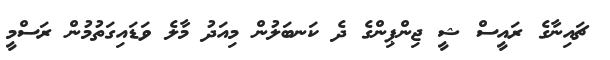
ޗައިނާގެ ރައީސް ޝީ ޖިންޕިންގެ ދެ ކަނބަލުން މިއަދު މާލެ ވަޑައިގަތުމުން ރަސްމީ